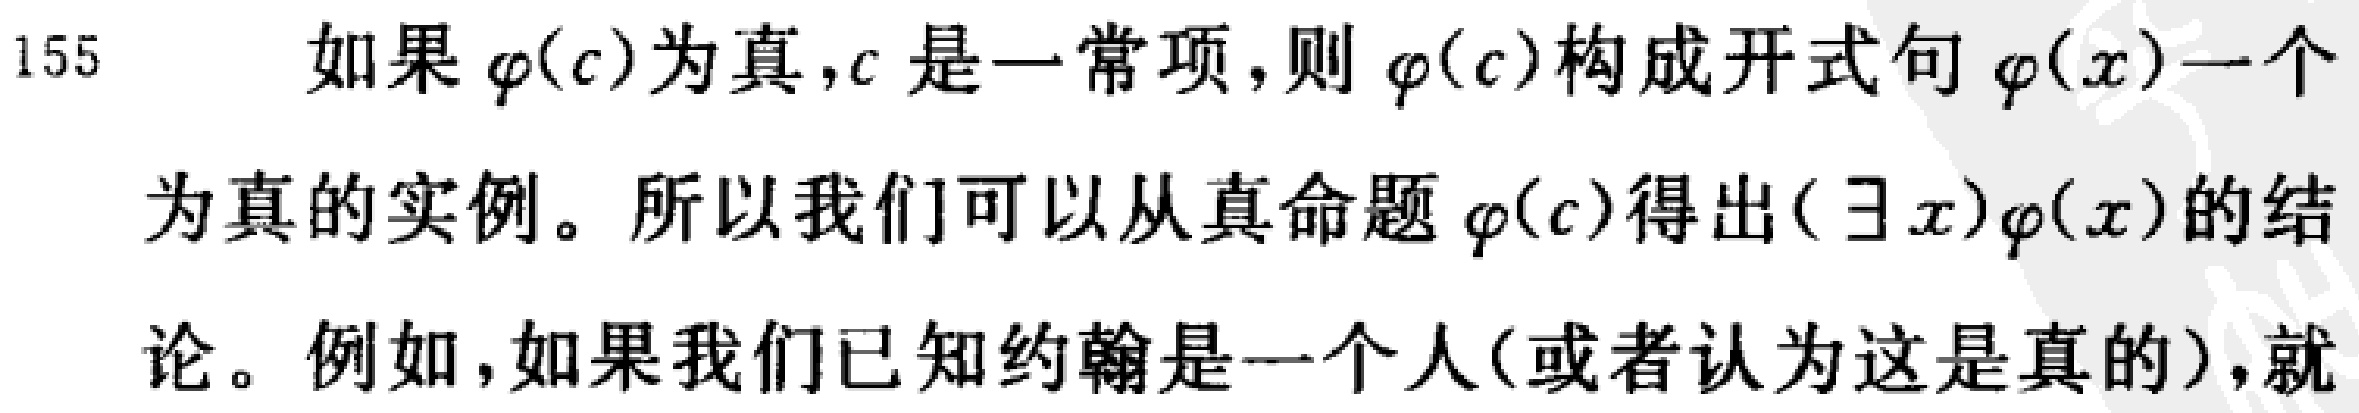
如果 $\varphi(c)$为真,$c$ 是一常项,则 $\varphi(c)$构成开式句 $\varphi(x)$一个为真的实例。所以我们可以从真命题 $\varphi(c)$得出$(\exists x)\varphi(x)$的结论。例如,如果我们已知约翰是一个人(或者认为这是真的),就